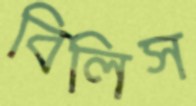
বিলিস